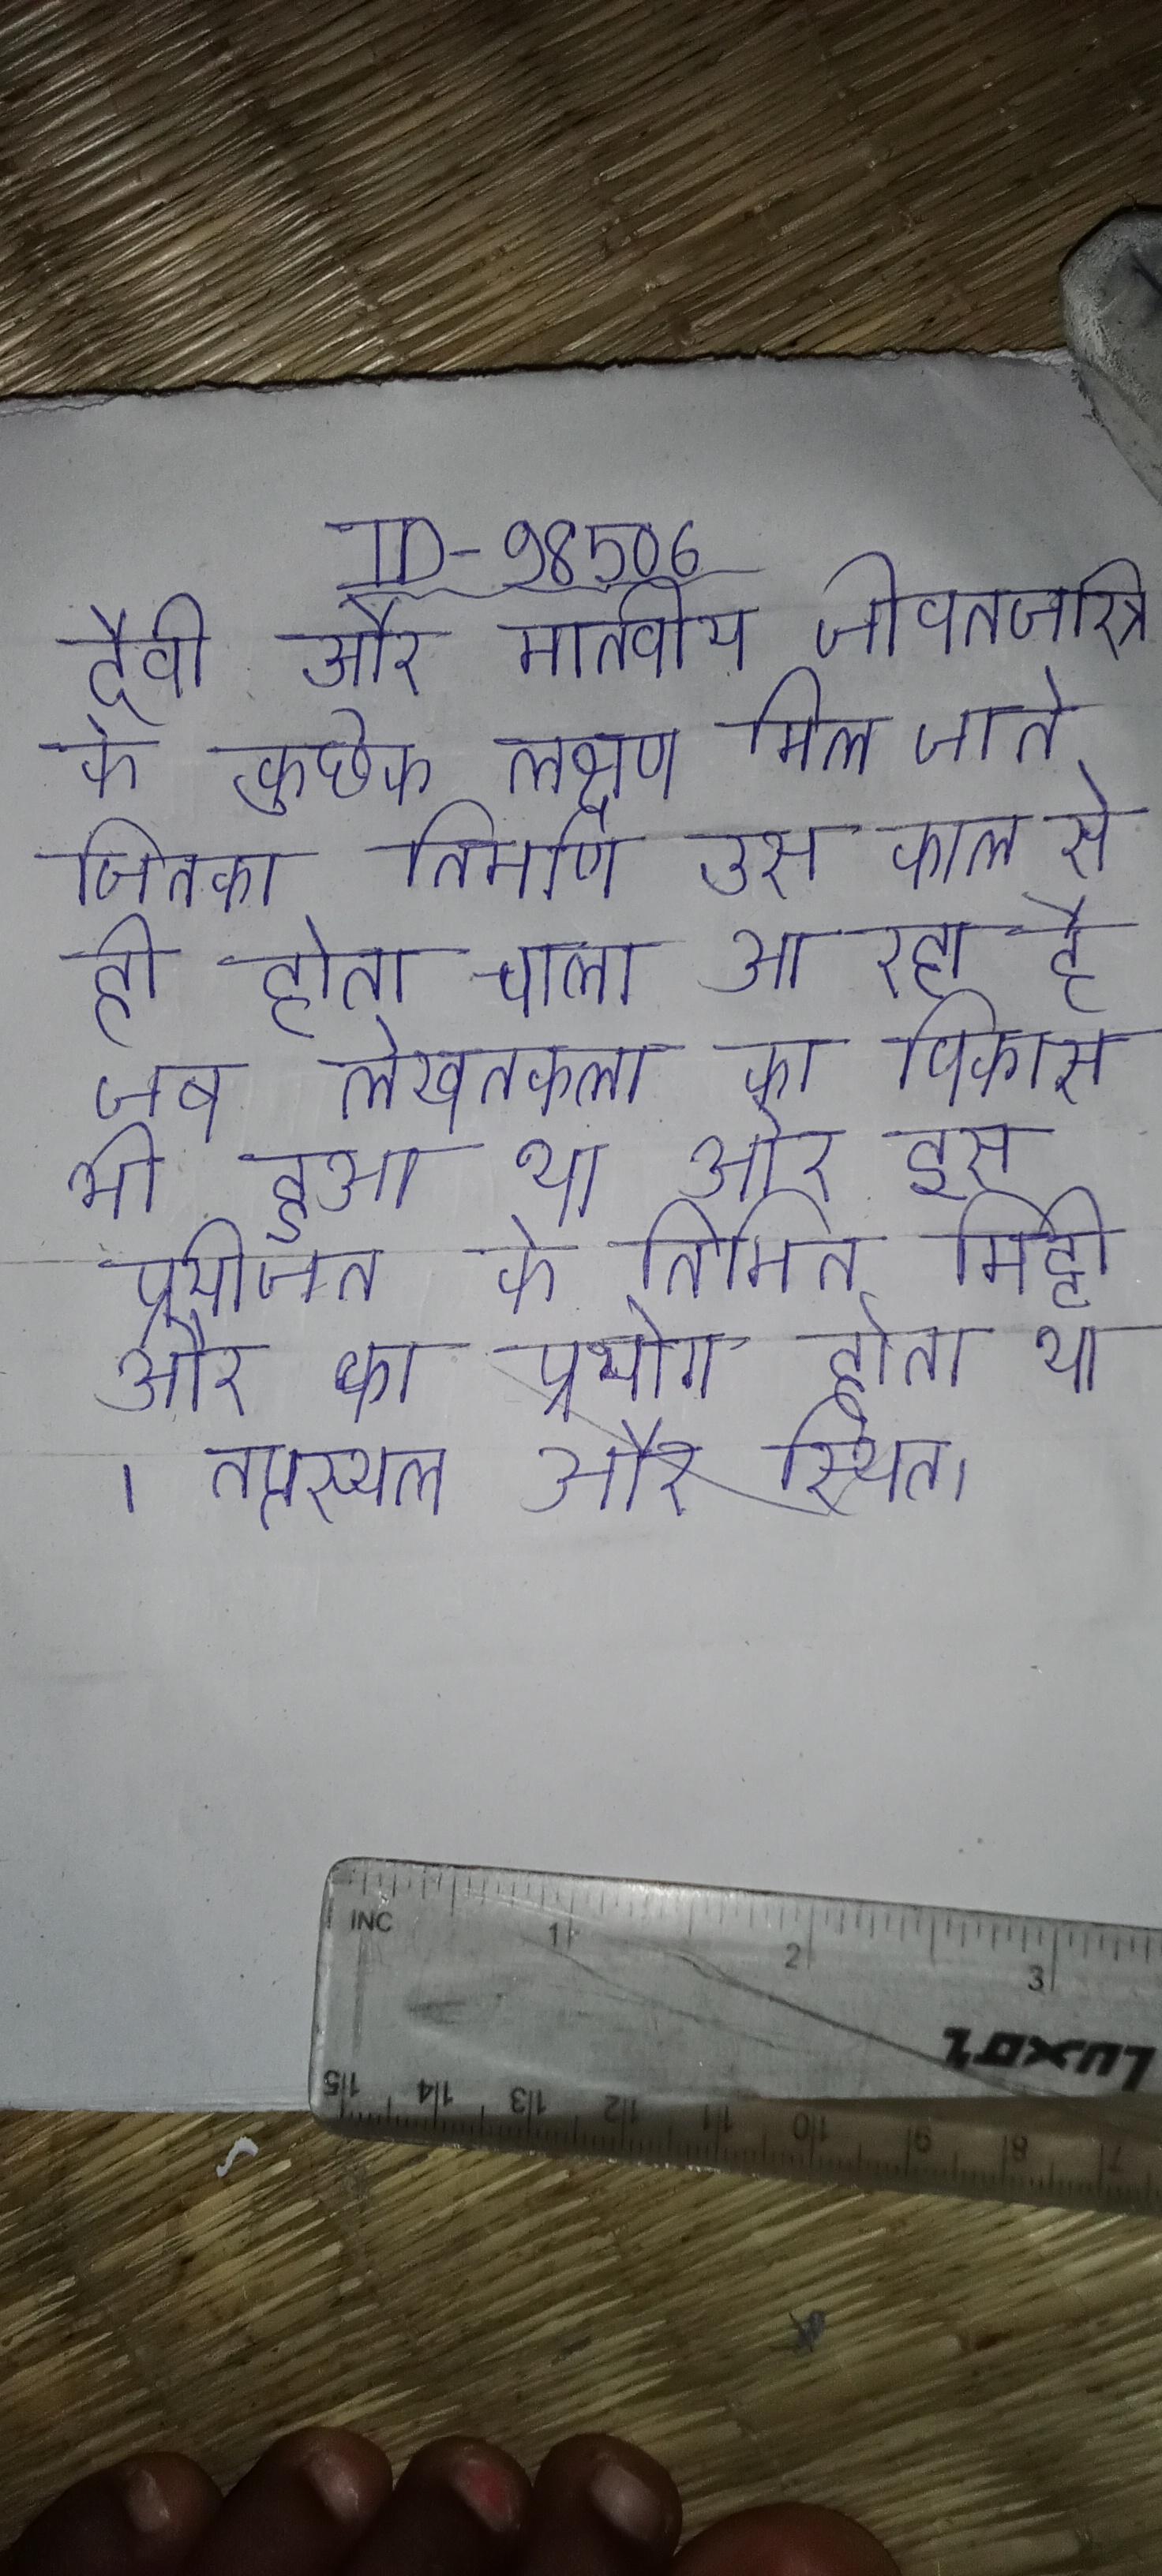
दैवी और मानवीय जीवनचरित्र के कुछेक लक्षण मिल जाते जिनका निर्माण उस काल से ही होता चला आ रहा है जब लेखनकला का विकास भी हुआ था और इस प्रयोजन के निमित्त मिट्टी और का प्रयोग होता था । तप्तस्थल और स्थित ।